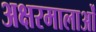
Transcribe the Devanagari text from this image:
अक्षरमालाओं